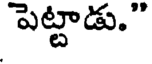
పెట్టాడు."